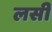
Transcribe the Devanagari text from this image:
लसीं